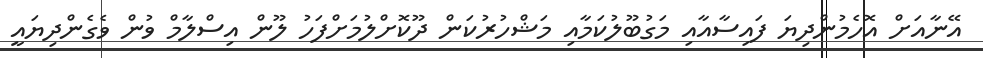
އޭނާއަށް އޮހެމުންދިޔަ ފައިސާއާއި މަގުބޫލުކަމާއި މަޝްހުރުކަން ދޫކޮށްލުމަށްފަހު ލޫން އިސްލާމް ވުން ވެގެންދިޔައީ